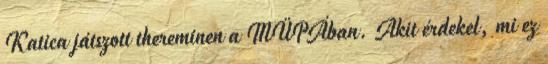
Katica játszott thereminen a MÜPÁban. Akit érdekel, mi ez